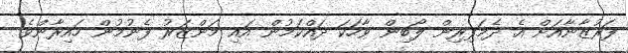
ފަރުޒާނާއަށް އެ ދެމަފިރިން ލޯބިން ވާހަކަ ދައްކަމުން އައި މަންޒަރު ފެނުމުން ހައިރާންވެ